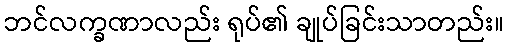
ဘင်လက္ခဏာလည်း ရုပ်၏ ချုပ်ခြင်းသာတည်း။